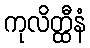
ကုလိတ္ထီနံ